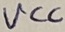
Text: VCC